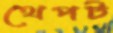
থেপট